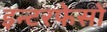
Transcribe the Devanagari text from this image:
इन्टरफेसों